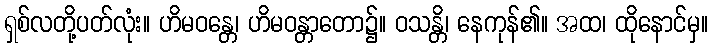
ရှစ်လတို့ပတ်လုံး။ ဟိမဝန္တေ၊ ဟိမဝန္တာတော၌။ ဝသန္တိ၊ နေကုန်၏။ အထ၊ ထိုနောင်မှ။